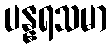
ပန္နရသမာ